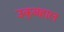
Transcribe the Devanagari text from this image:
उकुबहाल